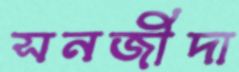
সনজীদা